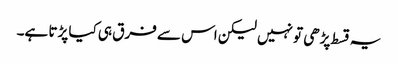
یہ قسط پڑھی تو نہیں لیکن اس سے فرق ہی کیا پڑتا ہے۔